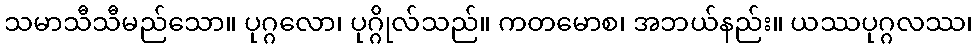
သမာသီသီမည်သော။ ပုဂ္ဂလော၊ ပုဂ္ဂိုလ်သည်။ ကတမောစ၊ အဘယ်နည်း။ ယဿပုဂ္ဂလဿ၊